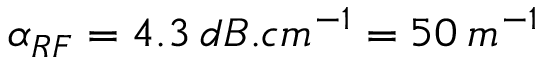
\alpha _ { R F } = 4 . 3 \: d B . c m ^ { - 1 } = 5 0 \: m ^ { - 1 }